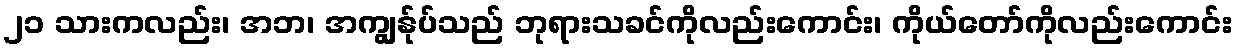
၂၁ သားကလည်း၊ အဘ၊ အကျွန်ုပ်သည် ဘုရားသခင်ကိုလည်းကောင်း၊ ကိုယ်တော်ကိုလည်းကောင်း